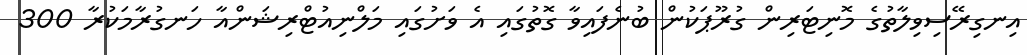
އިނގިރޭސިވިލާތުގެ މޮނިޓަރިން ގުރޫޕަކުން ބުނެފައިވާ ގޮތުގައި އެ ވަށުގައި މަލްނިއުޓްރިޝަންއާ ހަނގުރާމަކުރާ 300